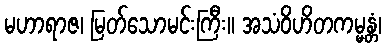
မဟာရာဇ၊ မြတ်သောမင်းကြီး။ အသံဝိဟိတကမ္မန္တံ၊